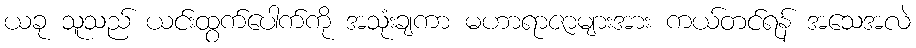
ယခု သူသည် ယင်းထွက်ပေါက်ကို အသုံးချကာ မဟာရာဇာများအား ကယ်တင်ရန် အသေအလဲ